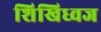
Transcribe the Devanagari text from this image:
शिखिध्वज